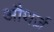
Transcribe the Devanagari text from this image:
औथर्ज़